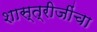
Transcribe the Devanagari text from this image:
शास्त्रीजींचा